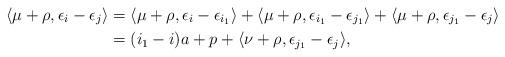
LaTeX: \begin{align*}\langle \mu + \rho, \epsilon_{i}-\epsilon_{j}\rangle &= \langle \mu + \rho, \epsilon_{i}-\epsilon_{i_1}\rangle + \langle \mu + \rho, \epsilon_{i_1}-\epsilon_{j_1}\rangle + \langle \mu + \rho, \epsilon_{j_1}-\epsilon_{j}\rangle \\&= (i_1-i)a+ p + \langle \nu + \rho, \epsilon_{j_1}-\epsilon_{j}\rangle,\end{align*}